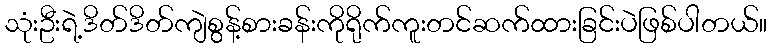
သုံးဦးရဲ့ဒိတ်ဒိတ်ကျဲစွန့်စားခန်းကိုရိုက်ကူးတင်ဆက်ထားခြင်းပဲဖြစ်ပါတယ်။